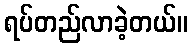
ရပ်တည်လာခဲ့တယ်။